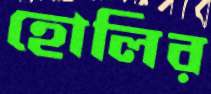
হোলির